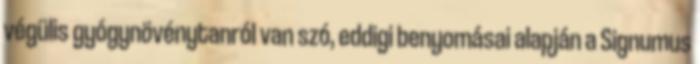
végülis gyógynövénytanról van szó, eddigi benyomásai alapján a Signumus